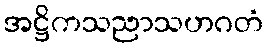
အဋ္ဌိကသညာသဟဂတံ